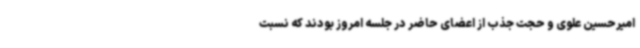
امیرحسین علوی و حجت جذب از اعضای حاضر در جلسه امروز بودند که نسبت